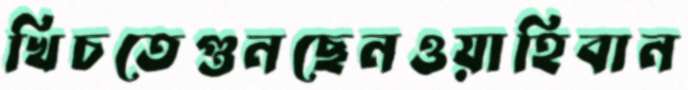
খিচতেগুনছেনওয়াহিবান